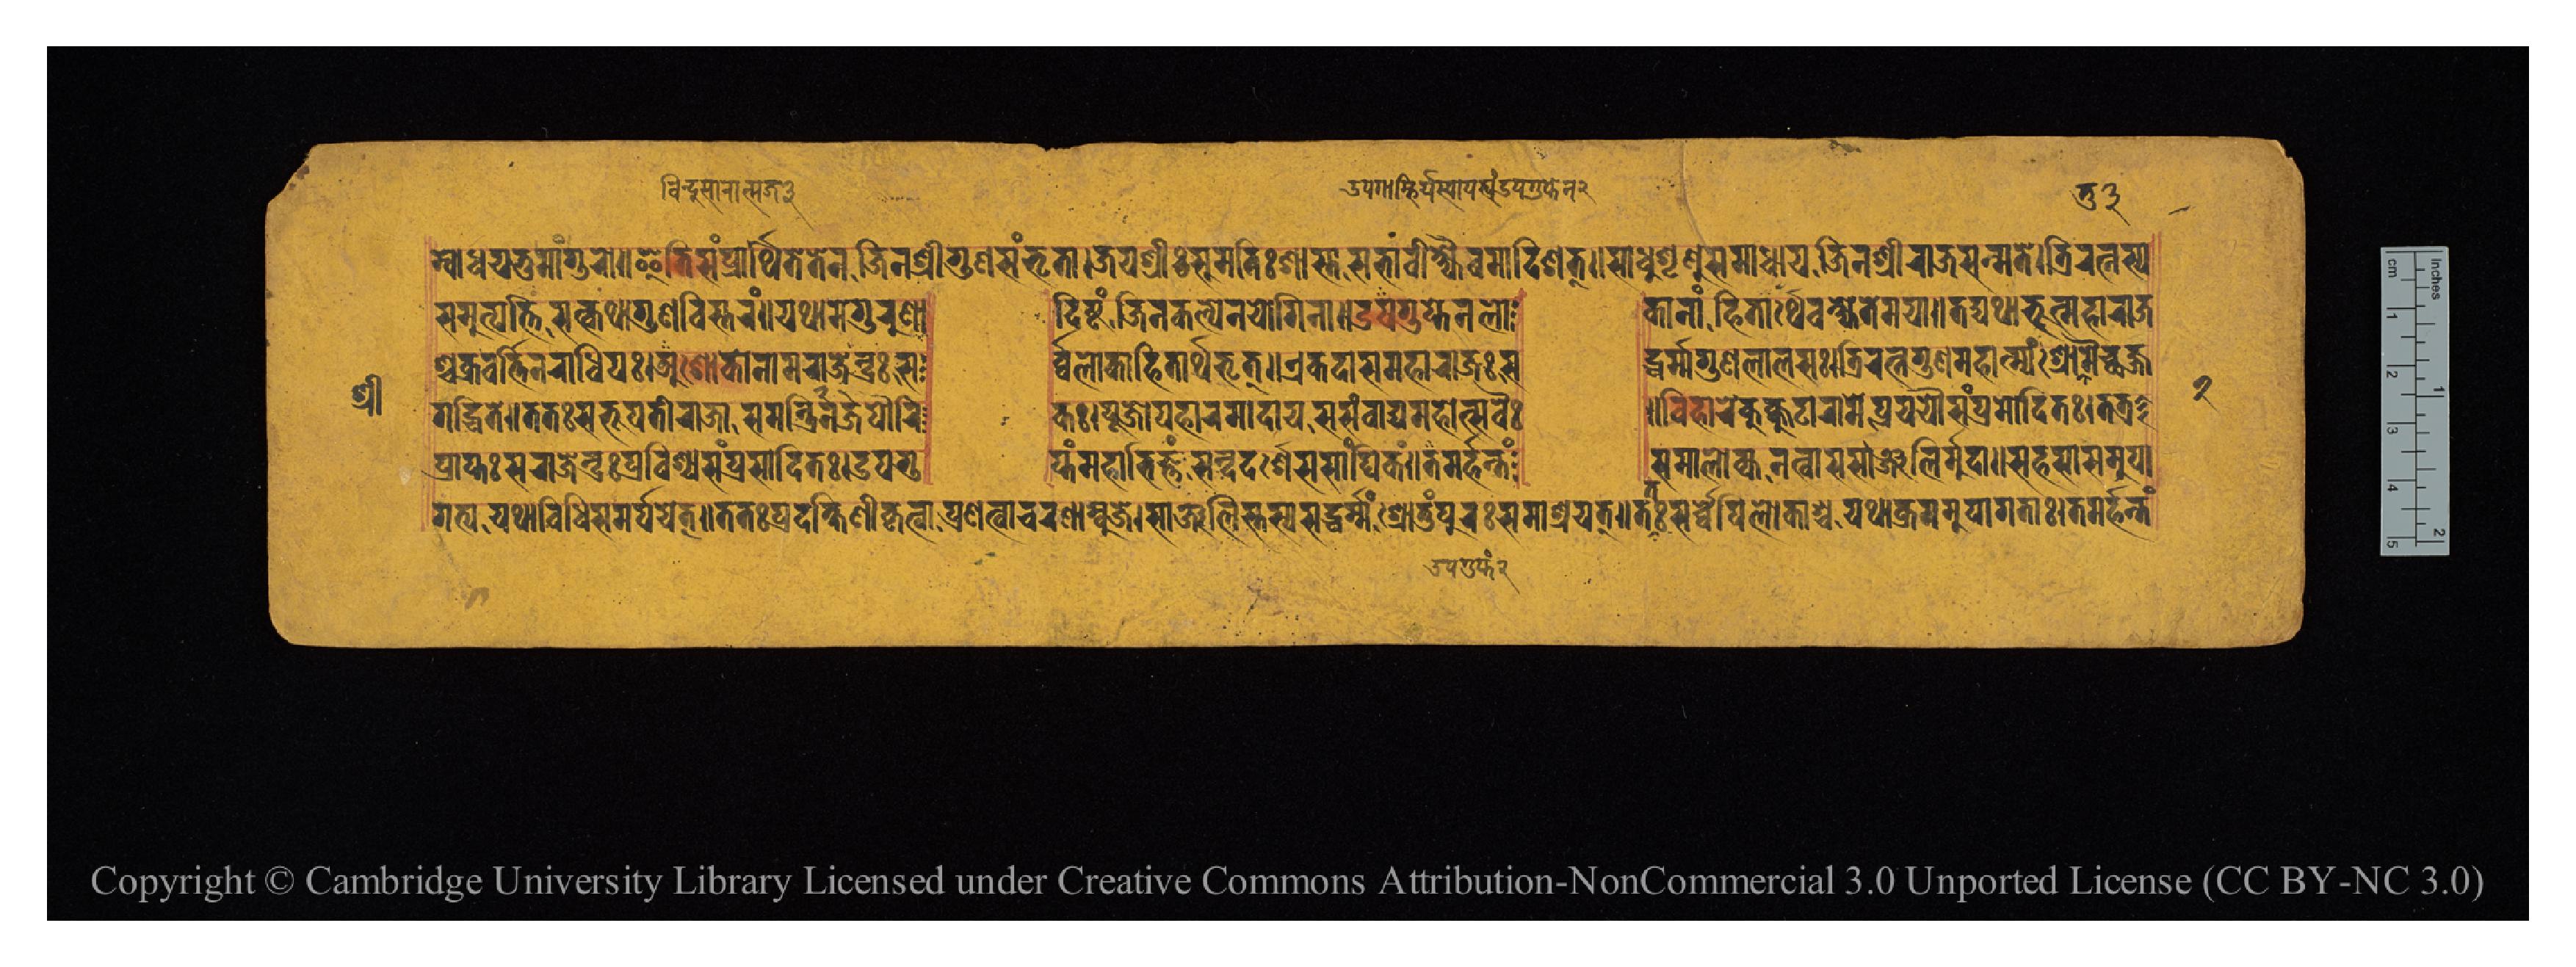
𑐱𑑂𑐬𑐷 𑐩𑑂𑐧𑑀𑐢𑐫𑐟𑐸𑐩𑐵𑑄𑐐𑐸𑐬𑑀𑑌𑐂𑐟𑐶𑐳𑑄𑐥𑑂𑐬𑐵𑐬𑑂𑐠𑐶𑐟𑐾𑐟𑐾𑐣𑐖𑐶𑐣𑐱𑑂𑐬𑐷𑐐𑐸𑐞𑐳𑑄𑐨𑐺𑐟𑐵𑑋𑐖𑐫𑐱𑑂𑐬𑐷𑑅𑐳𑐸𑐩𑐟𑐶𑑅𑐱𑐵𑐳𑑂𑐟𑐵𑐳𑐨𑐵𑐰𑐷𑐎𑑂𑐲𑑂𑐫𑐿𑐰𑐩𑐵𑐡𑐶𑐱𑐟𑑂𑑌𑐳𑐵𑐢𑐸𑐱𑐺𑐞𑐸𑐳𑐩𑐵𑐢𑐵𑐫𑐖𑐶𑐣𑐱𑑂𑐬𑐷𑐬𑐵𑐖𑐳𑐣𑑂𑐩𑐟𑐾𑑋𑐟𑑂𑐬𑐶𑐬𑐟𑑂𑐣𑐳𑑂𑐫 𑐳𑐩𑐸𑐟𑑂𑐥𑐟𑑂𑐟𑐶𑐳𑐟𑑂𑐎𑐠𑐵𑐐𑐸𑐞𑐰𑐶𑐳𑑂𑐟𑐬𑑄𑑌𑐫𑐠𑐵𑐩𑐾𑐐𑐸𑐬𑐸𑐞𑐵  𑐡𑐶𑐲𑑂𑐚𑑄𑐖𑐶𑐣𑐎𑐮𑑂𑐥𑐾𑐣𑐫𑑀𑐐𑐶𑐣𑐵𑑌𑐄𑐥𑐐𑐸𑐥𑑂𑐟𑐾𑐣𑐮𑑀  𑐎𑐵𑐣𑐵𑑄𑐴𑐶𑐟𑐵𑐬𑑂𑐠𑐾𑐰𑐎𑑂𑐲𑑂𑐫𑐟𑐾𑐩𑐫𑐵𑑌𑐟𑐡𑑂𑐫𑐠𑐵𑐨𑐹𑐣𑑂𑐩𑐴𑐵𑐬𑐵𑐖 𑐱𑑂𑐔𑐎𑑂𑐬𑐰𑐬𑑂𑐟𑐷𑑄𑐣𑐬𑐵𑐢𑐶𑐥𑑅𑑋𑐀𑐱𑑀𑐎𑑀𑐣𑐵𑐩𑐬𑐵𑐖𑐾𑐣𑑂𑐡𑑂𑐬𑑅𑐳  𑐬𑑂𑐰𑐮𑑀𑐎𑐴𑐶𑐟𑐵𑐬𑑂𑐠𑐨𑐺𑐟𑑂𑑌𑐊𑐎𑐡𑐵𑐳𑐩𑐴𑐵𑐬𑐵𑐖𑑅𑐳  𑐡𑑂𑐢𑐬𑑂𑐩𑑂𑐩𑐐𑐸𑐞𑐮𑐵𑐮𑐳𑑅𑑋𑐟𑑂𑐬𑐶𑐬𑐟𑑂𑐣𑐐𑐸𑐞𑐩𑐵𑐴𑐵𑐟𑑂𑐩𑑂𑐫𑑄𑐱𑑂𑐬𑑀𑐩𑐿𑐔𑑂𑐕𑐖𑑂𑐖 𑐥𑑂𑐬𑐵𑐥𑑂𑐟𑑅𑐳𑐬𑐵𑐖𑐾𑐣𑑂𑐡𑑂𑐬𑐥𑑂𑐬𑐰𑐶𑐱𑑂𑐫𑐳𑑄𑐥𑑂𑐬𑐳𑐵𑐡𑐶𑐟𑑅𑑋𑐄𑐥𑐐𑐸  𑐥𑑂𑐟𑑄𑐩𑐴𑐵𑐨𑐶𑐖𑑂𑐘𑑄𑐳𑑄𑐡𑐡𑐬𑑂𑐱𑐳𑐳𑐵𑑄𑐑𑐶𑐎𑑄𑑌𑐟𑐩𑐬𑑂𑐴𑐣𑑂𑐟𑑄  𑐳𑐩𑐵𑐮𑑀𑐎𑑂𑐫𑐣𑐟𑑂𑐰𑐵𑐳𑐳𑐵𑐘𑑂𑐖𑐮𑐶𑐬𑑂𑐩𑐸𑐡𑐵𑑌𑐳𑐴𑐳𑐵𑐳𑐩𑐸𑐥𑐵 𑐐𑐡𑑂𑐢𑐶𑐟𑐾𑑌𑐟𑐟𑑅𑐳𑐨𑐹𑐥𑐟𑐷𑐬𑐵𑐖𑐵𑐳𑐩𑐣𑑂𑐟𑑂𑐬𑐶𑐖𑐣𑐥𑑁𑐬𑐶 𑐎𑑅𑑋𑐥𑐹𑐖𑑀𑐥𑐴𑐵𑐬𑐩𑐵𑐡𑐵𑐫𑐳𑐳𑑄𑐰𑐵𑐡𑑂𑐫𑐩𑐴𑑀𑐟𑑂𑐳𑐰𑐿𑑅  𑑌𑐰𑐶𑐴𑐵𑐬𑐾𑐎𑐸𑐎𑑂𑐎𑐸𑐚𑐵𑐬𑐵𑐩𑐾𑐥𑑂𑐬𑐫𑐫𑑁𑐳𑑄𑐥𑑂𑐬𑐩𑑀𑐡𑐶𑐟𑑅𑑋𑐟𑐟𑑂𑐬 𑐐𑐟𑑂𑐫𑐫𑐠𑐵𑐰𑐶𑐢𑐶𑐳𑐩𑐬𑑂𑐔𑐫𑐾𑐟𑑂𑑌𑐟𑐟𑑅𑐥𑑂𑐬𑐡𑐎𑑂𑐲𑐶𑐞𑐷𑐎𑐺𑐟𑑂𑐰𑐵𑐥𑑂𑐬𑐰𑐟𑑂𑐰𑐵𑐔𑐬𑐞𑐵𑐩𑑂𑐧𑐸𑐖𑐾𑑋𑐳𑐵𑐘𑑂𑐖𑐮𑐶𑐳𑑂𑐟𑐳𑑂𑐫𑐳𑐡𑑂𑐢𑐬𑑂𑐩𑑂𑐩𑐱𑑂𑐬𑑀𑐟𑐸𑑄𑐥𑐸𑐬𑑅𑐳𑐩𑐵𑐱𑑂𑐬𑐫𑐟𑑂𑑋𑐟𑑅𑐳𑐬𑑂𑐰𑑂𑐰𑐾𑐥𑐶𑐮𑑀𑐐𑐎𑐵𑐱𑑂𑐔𑐫𑐠𑐵𑐎𑑂𑐬𑐩𑐩𑐸𑐥𑐵𑐐𑐟𑐵𑑅𑑋𑐟𑐩𑐬𑑂𑐴𑐣𑑂𑐟𑑄 𑑒